Madras plague regulations in force outside the Presidency town - Volume 3
Disease focus: Plague
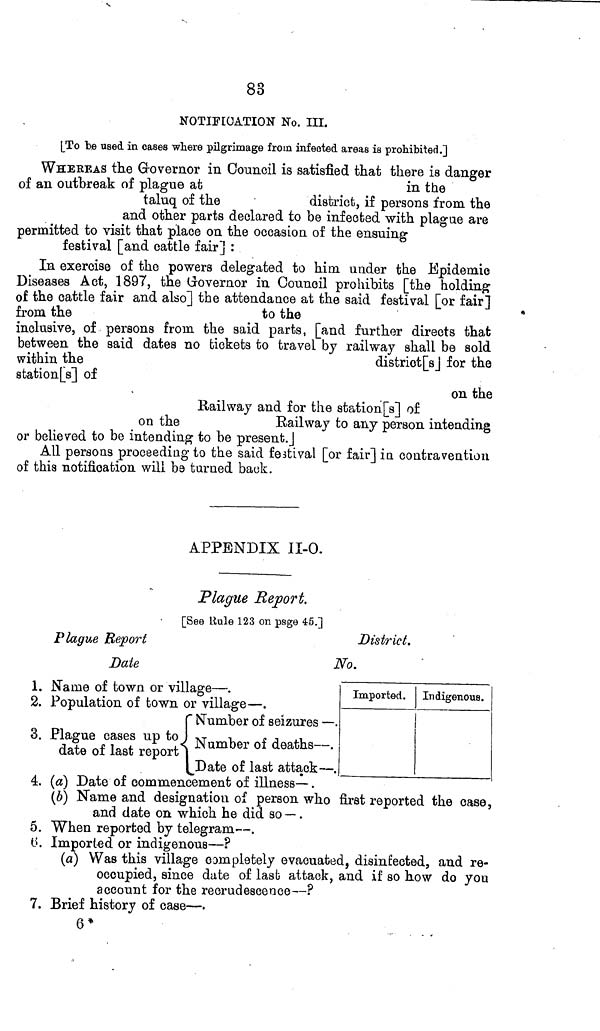
83
NOTIFICATION No. III.
[To be used in cases where pilgrimage from infected areas is prohibited.]
WHEREAS the Grovernor in Council is satisfied that there is danger
of an outbreak of plague at
in the
taluq of the
district, if persons from the
and other parts declared to be infected with plague are
permitted to visit that place on the occasion of the ensuing
festival [and cattle fair] :
In exercise of the powers delegated to him under the Epidemic
Diseases Act, 1897, the Governor in Council prohibits [the holding
of the cattle fair and also] the attendance at the said festival [or fair]
from the
to the
inclusive, of persons from the said parts, [and further directs that
between the said dates no tickets to travel by railway shall be sold
within the
distriot[sj for the
station[s] of
on the
Railway and for the station[s] of
on the
Railway to any person intending
or believed to be intending to be present.]
All persons proceeding to the said festival [or fair] in contravention
of this notification will be turned back.
APPENDIX II-O.
Plague Report.
[See Uule 123 on psge 45.]
Plague Report
Date
1.
2.
3.
Name of town or village — .
Population of town or village — .
C Number of seizures —
Plague cases up to 1 N b
f ¿^.d
ate oi last report j
1 Date of last attack —
District.
No.
Imported.
•
ID digenous .
4. (a) Date of commencement of illness—.
(b) Name and designation of person who first reported the case,
and date on which he did so —.
5. When reported by telegram •—.
0. Imported or indigenous—?
(a) Was this village completely evacuated, disinfected, and re-
occupied, since date of last attack, and if so how do you
account for the recrudescence—?
7. Brief history of case—.
6*